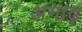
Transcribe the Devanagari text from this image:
अगाढ़